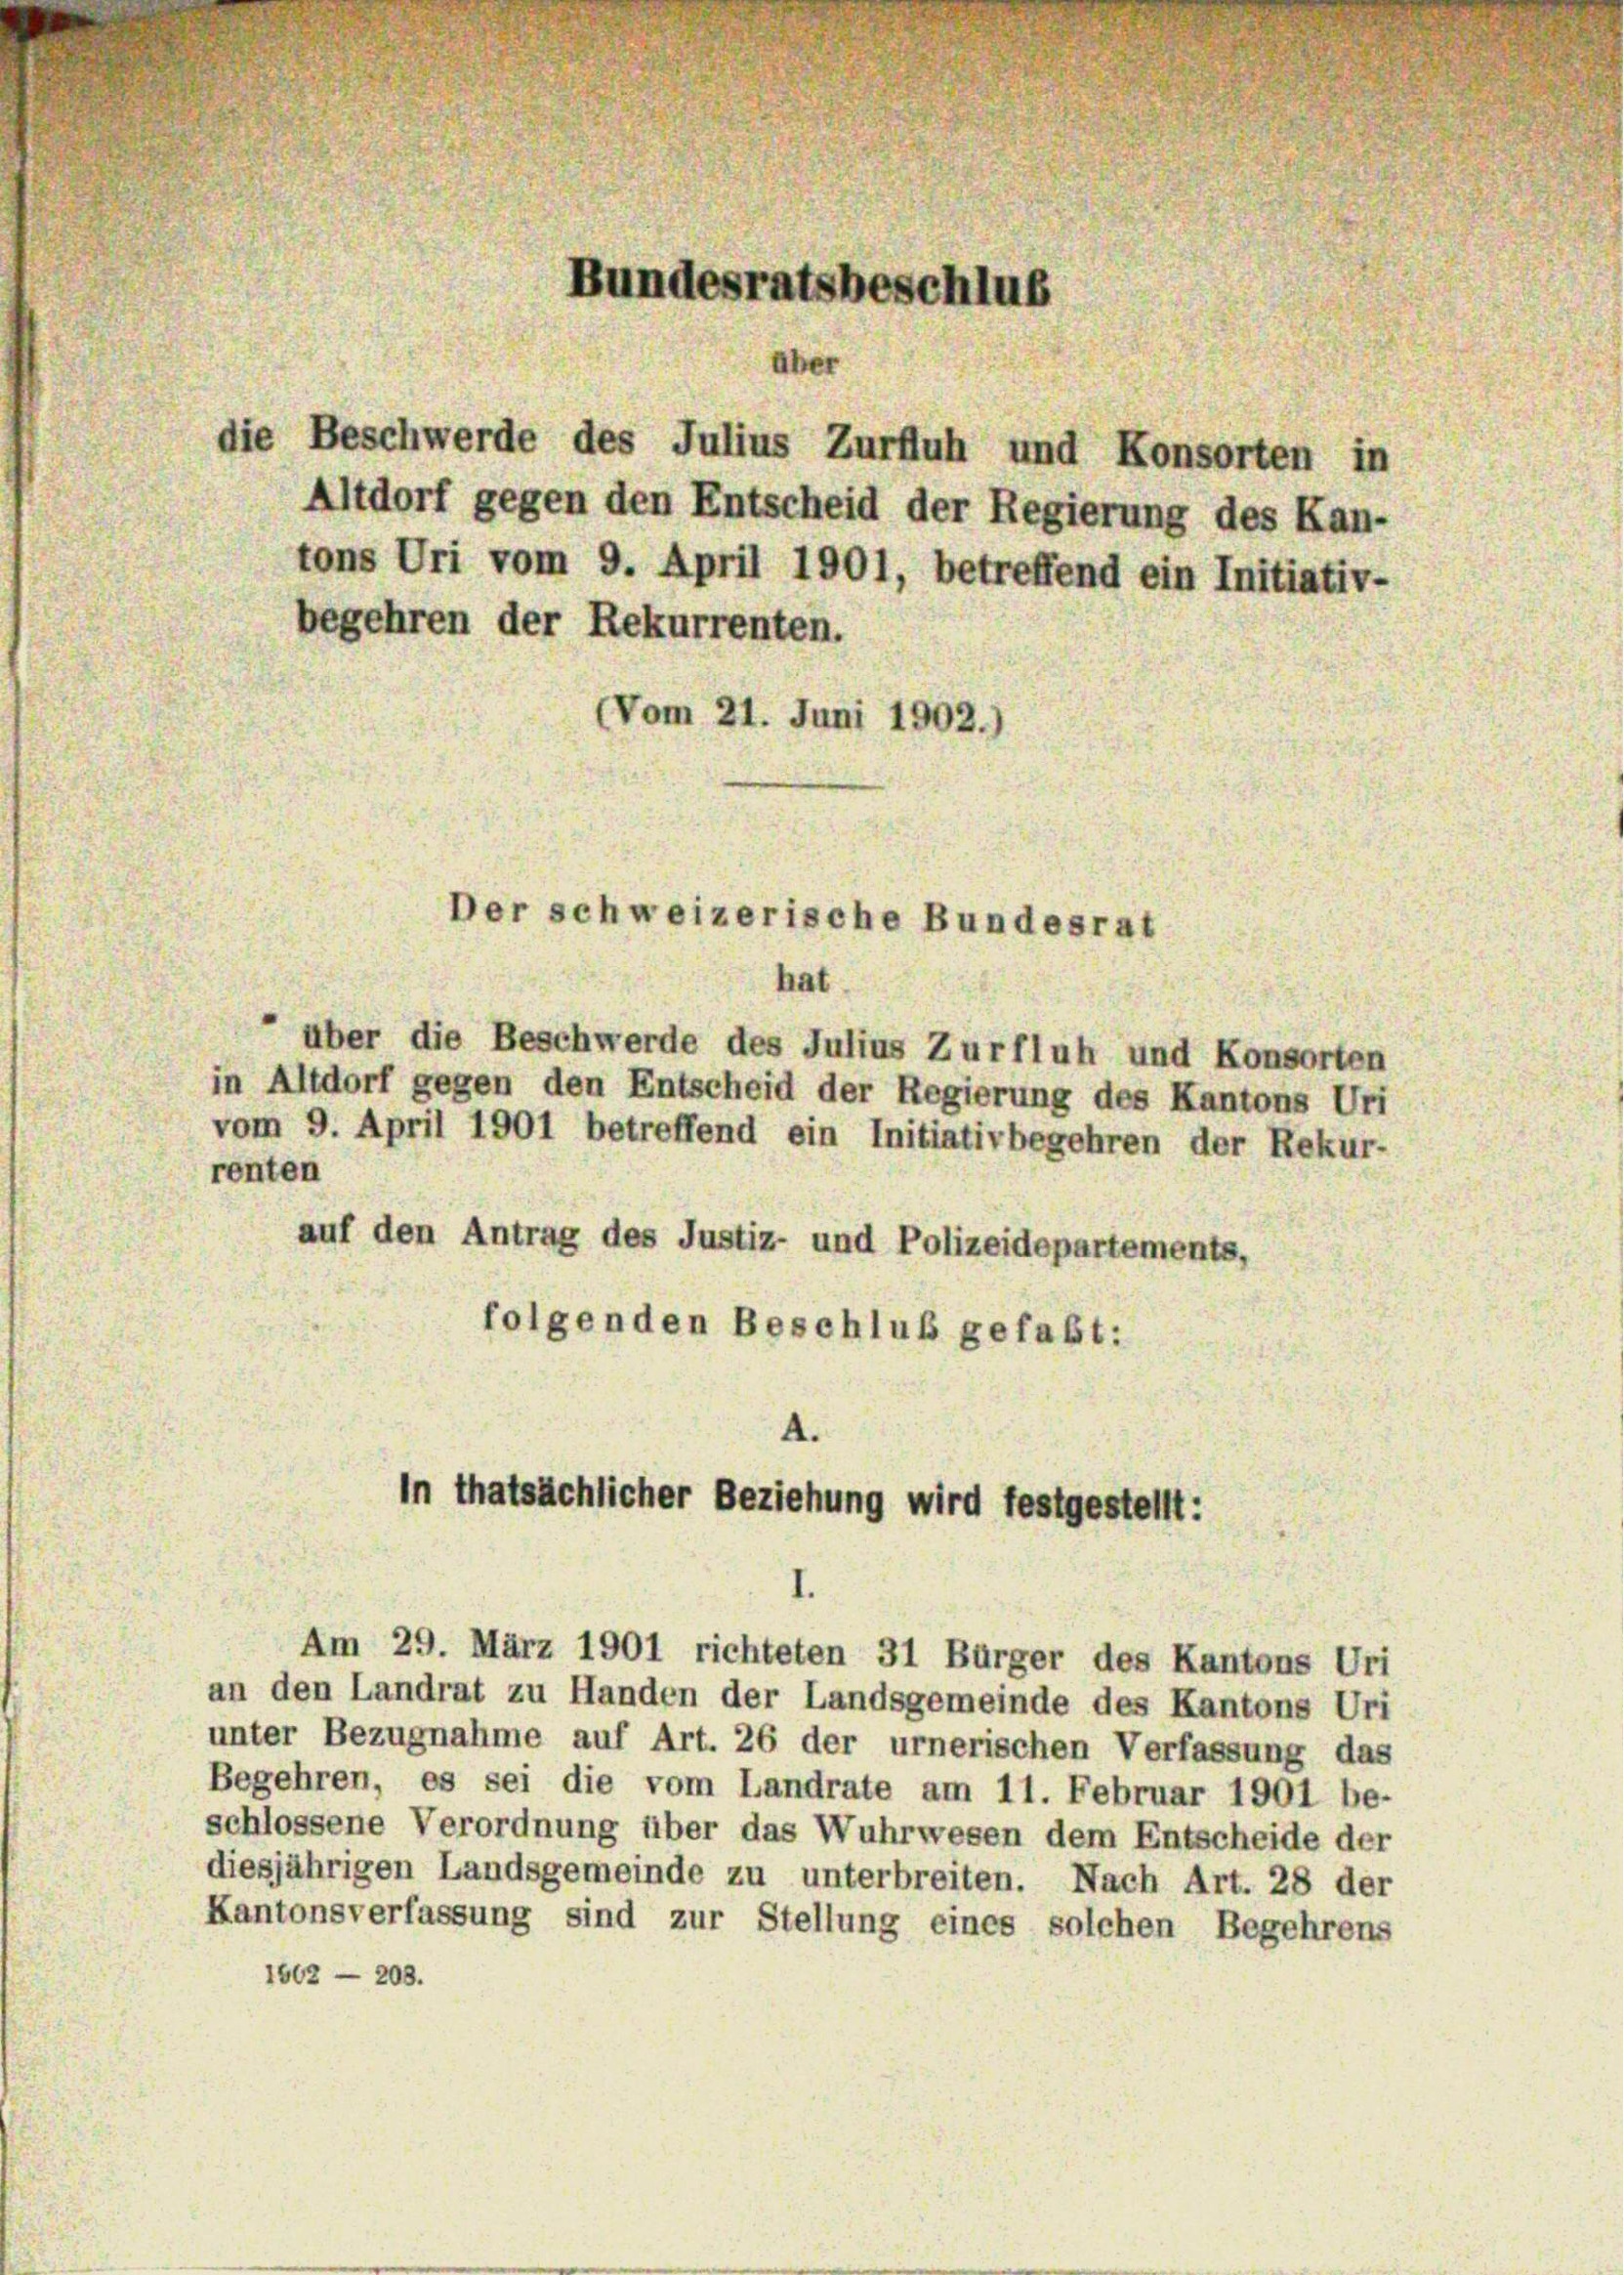
hat
über die Beschwerde des Julius Zurfluh und Konsorten
in Altdorf gegen den Entscheid der Regierung des Kantons Uri
vom 9. April 1901 betreffend ein Initiativbegehren der Rekur-
renten
auf den Antrag des Justiz- und Polizeidepartements,
folgenden Beschluß gefaßt:

Altdorf gegen den Entscheid der Regierung des Kan-
tons Uri vom 9. April 1901, betreffend ein Initiativ-
begehren der Rekurrenten.
(Vom 21. Juni 1902.)

Bundesratsbeschluß

an den Landrat zu Handen der Landsgemeinde des Kantons Uri
unter Bezugnahme auf Art. 26 der urnerischen Verfassung das
Begehren, es sei die vom Landrate am 11. Februar 1901 be-
schlossene Verordnung über das Wuhrwesen dem Entscheide der
diesjährigen Landsgemeinde zu unterbreiten. Nach Art. 28 der
Kantonsverfassung sind zur Stellung eines solchen Begehrens
1662 — 203.

die Beschwerde des Julius Zurfluh und Konsorten in

Der schweizerische Bundesrat

4.
in thatsächlicher Beziehung wird festgestellt:

Am 29. März 1901 richteten 31 Bürger des Kantons Uri